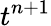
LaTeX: t^{n+1}